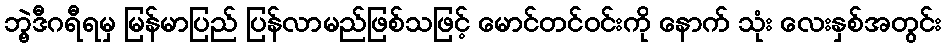
ဘွဲ့ဒီဂရီရမှ မြန်မာပြည် ပြန်လာမည်ဖြစ်သဖြင့် မောင်တင်ဝင်းကို နောက် သုံး လေးနှစ်အတွင်း